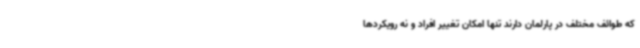
که طوائف مختلف در پارلمان دارند تنها امکان تغییر افراد و نه رویکردها